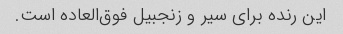
این رنده برای سیر و زنجبیل فوق‌العاده است.